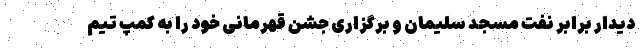
دیدار برابر نفت مسجد سلیمان و برگزاری جشن قهرمانی خود را به کمپ تیم